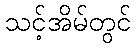
သင့်အိမ်တွင်